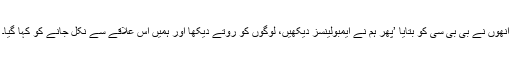
انھوں نے بی بی سی کو بتایا ’پھر ہم نے ایمبولینسز دیکھیں، لوگوں کو روتے دیکھا اور ہمیں اس علاقے سے نکل جانے کو کہا گیا۔